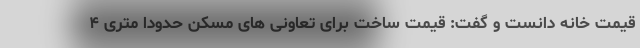
قیمت خانه دانست و گفت: قیمت ساخت برای تعاونی های مسکن حدودا متری ۴